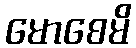
မောစေမိ